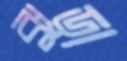
ঝুড়া